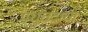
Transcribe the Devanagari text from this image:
मधुचंद्राचा